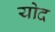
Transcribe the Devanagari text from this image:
योद